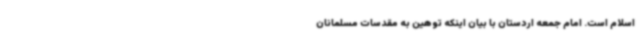
اسلام است. امام جمعه اردستان با بیان اینکه توهین به مقدسات مسلمانان